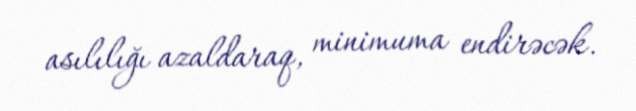
asılılığı azaldaraq, minimuma endirəcək.